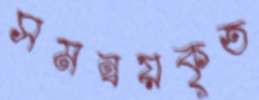
সমন্বয়কৃত